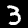
Digit: 3